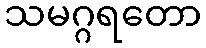
သမဂ္ဂရတော